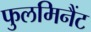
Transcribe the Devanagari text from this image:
फुलमिनैंट